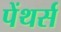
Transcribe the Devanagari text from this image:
पेंथर्स